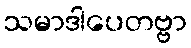
သမာဒါပေတဗ္ဗာ